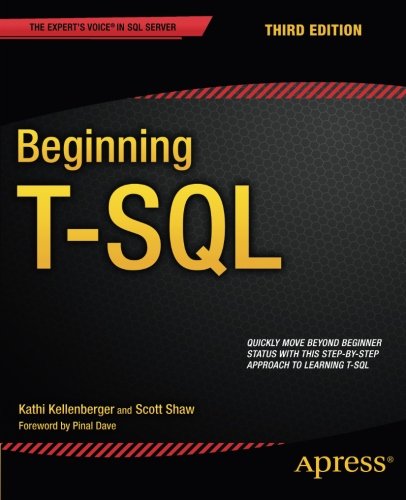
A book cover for Beginning T-SQL; Kathi Kellenberger; Computers & Technology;